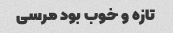
تازه و خوب بود مرسی